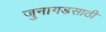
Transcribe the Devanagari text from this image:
जुनागडसाठी